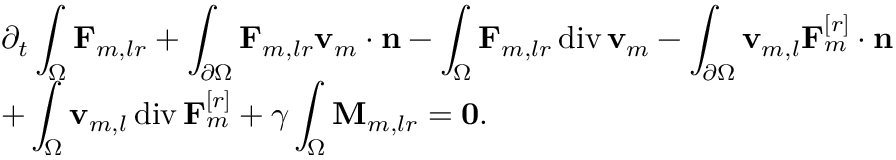
\begin{array} { r l } & { \displaystyle \partial _ { t } \int _ { \Omega } \mathbf { F } _ { m , l r } + \int _ { \partial \Omega } \mathbf { F } _ { m , l r } \mathbf { v } _ { m } \cdot \mathbf { n } - \int _ { \Omega } \mathbf { F } _ { m , l r } \ensuremath { \operatorname { d i v } } \mathbf { v } _ { m } - \int _ { \partial \Omega } \mathbf { v } _ { m , l } \mathbf { F } _ { m } ^ { [ r ] } \cdot \mathbf { n } } \\ & { \displaystyle + \int _ { \Omega } \mathbf { v } _ { m , l } \ensuremath { \operatorname { d i v } } \mathbf { F } _ { m } ^ { [ r ] } + \gamma \int _ { \Omega } \mathbf { M } _ { m , l r } = \mathbf { 0 } . } \end{array}